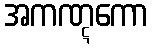
အကဏ္ဋကော